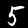
Label: 5